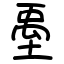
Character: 㙑